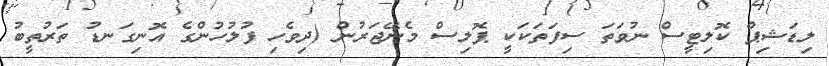
ލިޑަޝިޕް ކޮލިޓީސް ނުވަތަ ސިފަތަކަކީ ޕޮލިސް މެނޭޖަރުން (ދިވެހި ފުލުހުންގެ އޮނިގަނޑު ތަރުތީބު